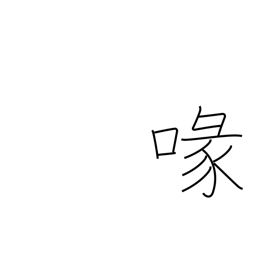
Meaning: beak